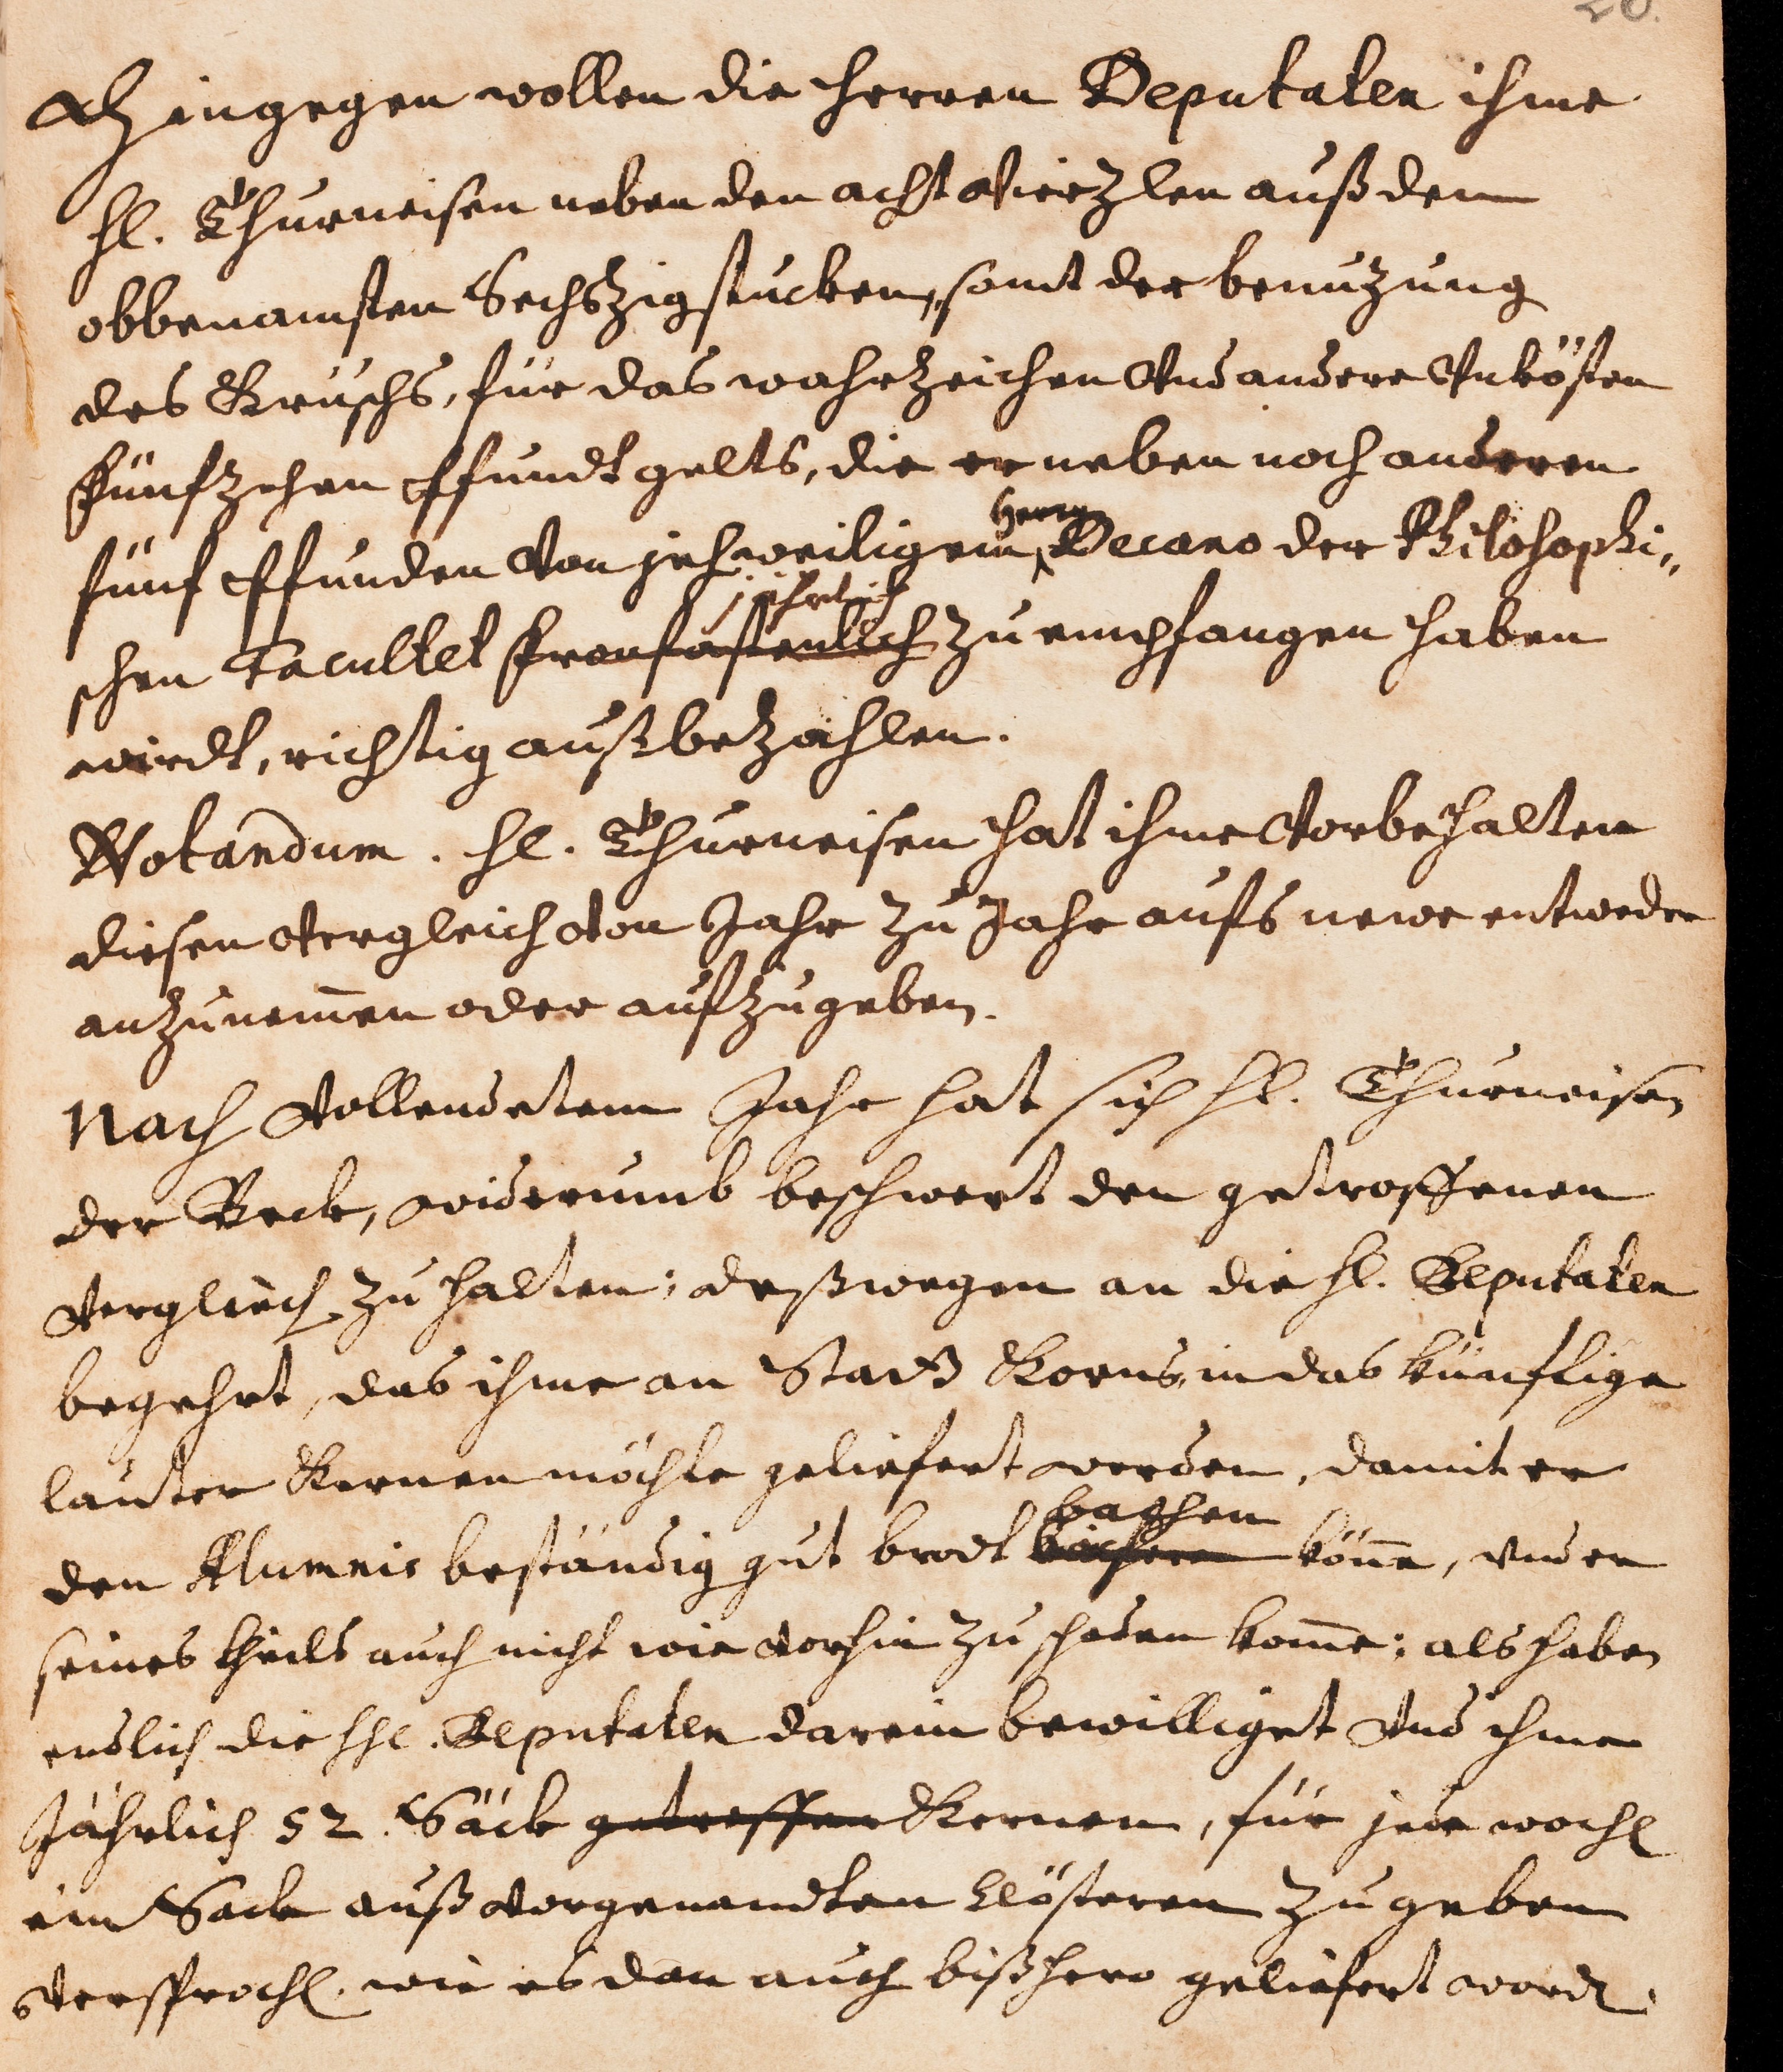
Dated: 1594–1682